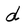
Character: d